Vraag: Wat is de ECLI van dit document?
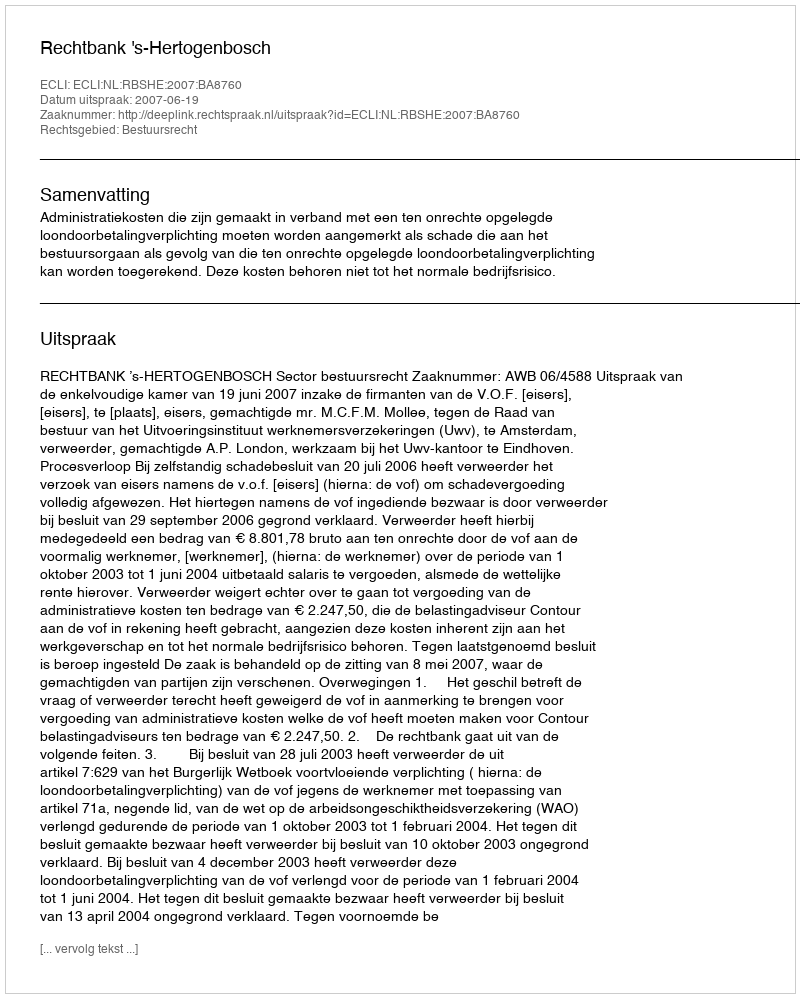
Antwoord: ECLI:NL:RBSHE:2007:BA8760